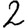
Digit: 2